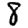
Digit: 8